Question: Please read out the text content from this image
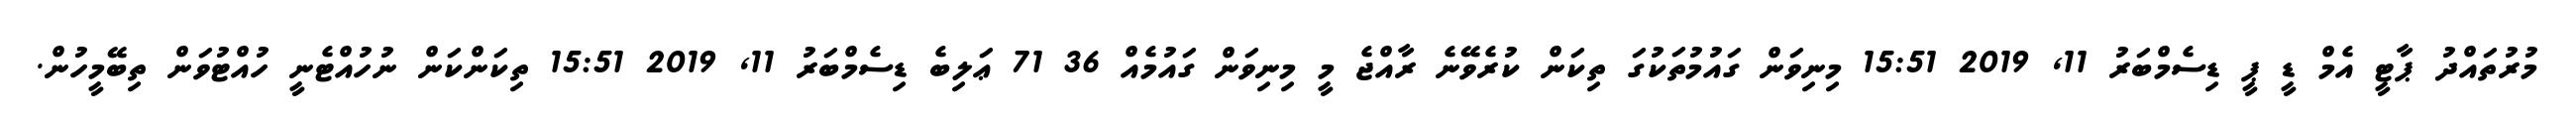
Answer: މުރުތައްދު ޕާޓީ އެމް ޑީ ޕީ ޑިސެމްބަރު 11, 2019 15:51 މިނިވަން ގައުމުތަކުގަ ތިކަން ކުރެވޭނެ ރާއްޖެ މީ މިނިވަން ގައުމެއް 36 71 ޢަލިބެ ޑިސެމްބަރު 11, 2019 15:51 ތިކަންކަން ނުހުއްޓެނީ ހުއްޓުވަން ތިބޭމީހުން.